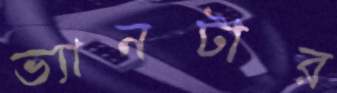
ভ্যানটার